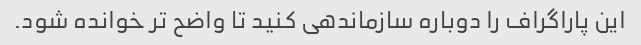
این پاراگراف را دوباره سازماندهی کنید تا واضح تر خوانده شود.